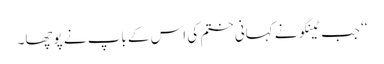
‘‘ جب ٹینگو نے کہانی ختم کی اس کے باپ نے پوچھا۔